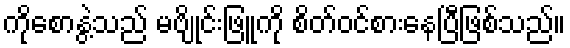
ကိုစောနွဲ့သည် မဗျိုင်းဖြူကို စိတ်ဝင်စားနေပြီဖြစ်သည်။